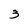
Character: 3